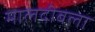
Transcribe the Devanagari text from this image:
मालदीवला